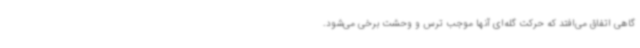
گاهی اتفاق می‌افتد که حرکت گله‌ای آنها موجب ترس و وحشت برخی می‌شود.